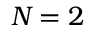
N _ { \mathrm { } } = 2